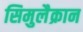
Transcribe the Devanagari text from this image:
सिमुलैक्रान